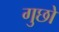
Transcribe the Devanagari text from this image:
गुछो